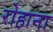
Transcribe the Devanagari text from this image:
रोहाना